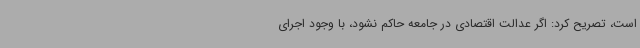
است، تصریح کرد: اگر عدالت اقتصادی در جامعه حاکم نشود، با وجود اجرای